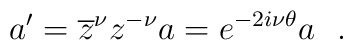
a' = \overline{z}^{\nu}z^{-\nu}a= e^{-2i\nu\theta}a~~.